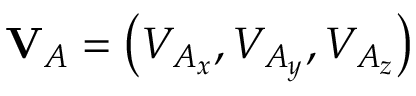
\mathbf { V } _ { A } = \left( V _ { A _ { x } } , V _ { A _ { y } } , V _ { A _ { z } } \right)